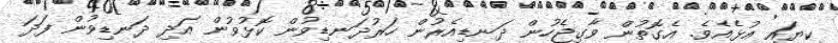
ކިޔައި އުޅެއެވެ. އެގޮތުން ވާގިޖެހުން ދަނޑިއެރުން ހަރުދަނޑިވުން ކޮޅުވުން އަދި ދަނޑިވުން ފަދަ